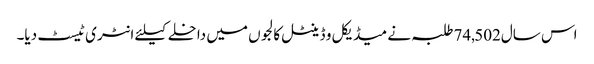
اس سال74,502 طلبہ نے میڈیکل و ڈینٹل کالجوں میں داخلے کیلئے انٹری ٹیسٹ دیا۔